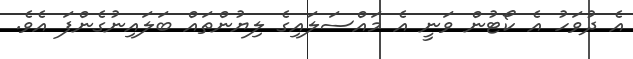
އެ ދުވަހު އެ ކޯޓުން ވަނީ އެ މައްސަލައިގެ ލިޔުންތައް ބަލައިނުގެންފަ އެވެ.